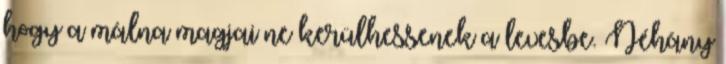
hogy a málna magjai ne kerülhessenek a levesbe. Néhány